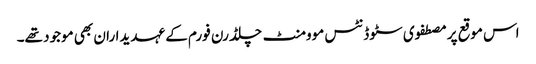
اس موقع پر مصطفوی سٹوڈنٹس موومنٹ چلڈرن فورم کے عہدیداران بھی موجود تھے۔